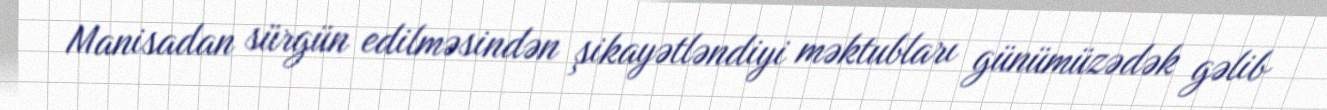
Manisadan sürgün edilməsindən şikayətləndiyi məktubları günümüzədək gəlib